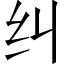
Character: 纠